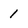
Character: 1